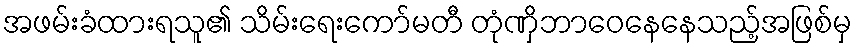
အဖမ်းခံထားရသူ၏ သိမ်းရေးကော်မတီ တုံဏှိဘာဝေနေနေသည့်အဖြစ်မှ